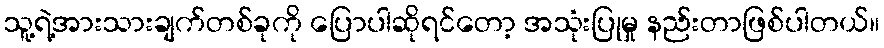
သူ့ရဲ့အားသားချက်တစ်ခုကို ပြောပါဆိုရင်တော့ အသုံးပြုမှု နည်းတာဖြစ်ပါတယ်။